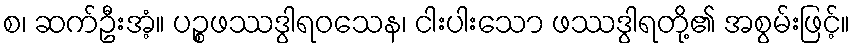
စ၊ ဆက်ဦးအံ့။ ပဉ္စဖဿဒွါရဝသေန၊ ငါးပါးသော ဖဿဒွါရတို့၏ အစွမ်းဖြင့်။